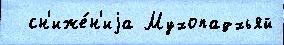
  сн'иже́н'иjа Мухопадхьяй